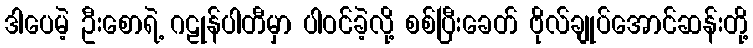
ဒါပေမဲ့ ဦးစောရဲ့ ဂဠုန်ပါတီမှာ ပါဝင်ခဲ့လို့ စစ်ပြီးခေတ် ဗိုလ်ချုပ်အောင်ဆန်းတို့